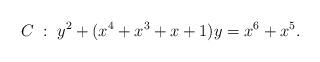
LaTeX: \begin{align*}C \; : \;y^2 + (x^4 + x^3 + x + 1)y = x^6 + x^5 .\end{align*}